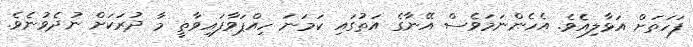
ފަހަތަށް އަޅާލިއެވެ. އެހެންނަމަވެސް އޭނާގެ އަތުގައި ކަމަނަ ހިއްޕަވާފައިވާތީ މާ ދުރަކަށް ނުދެވުނެވެ.